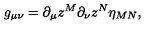
g _ { \mu \nu } = \partial _ { \mu } z ^ { M } \partial _ { \nu } z ^ { N } \eta _ { M N } ,